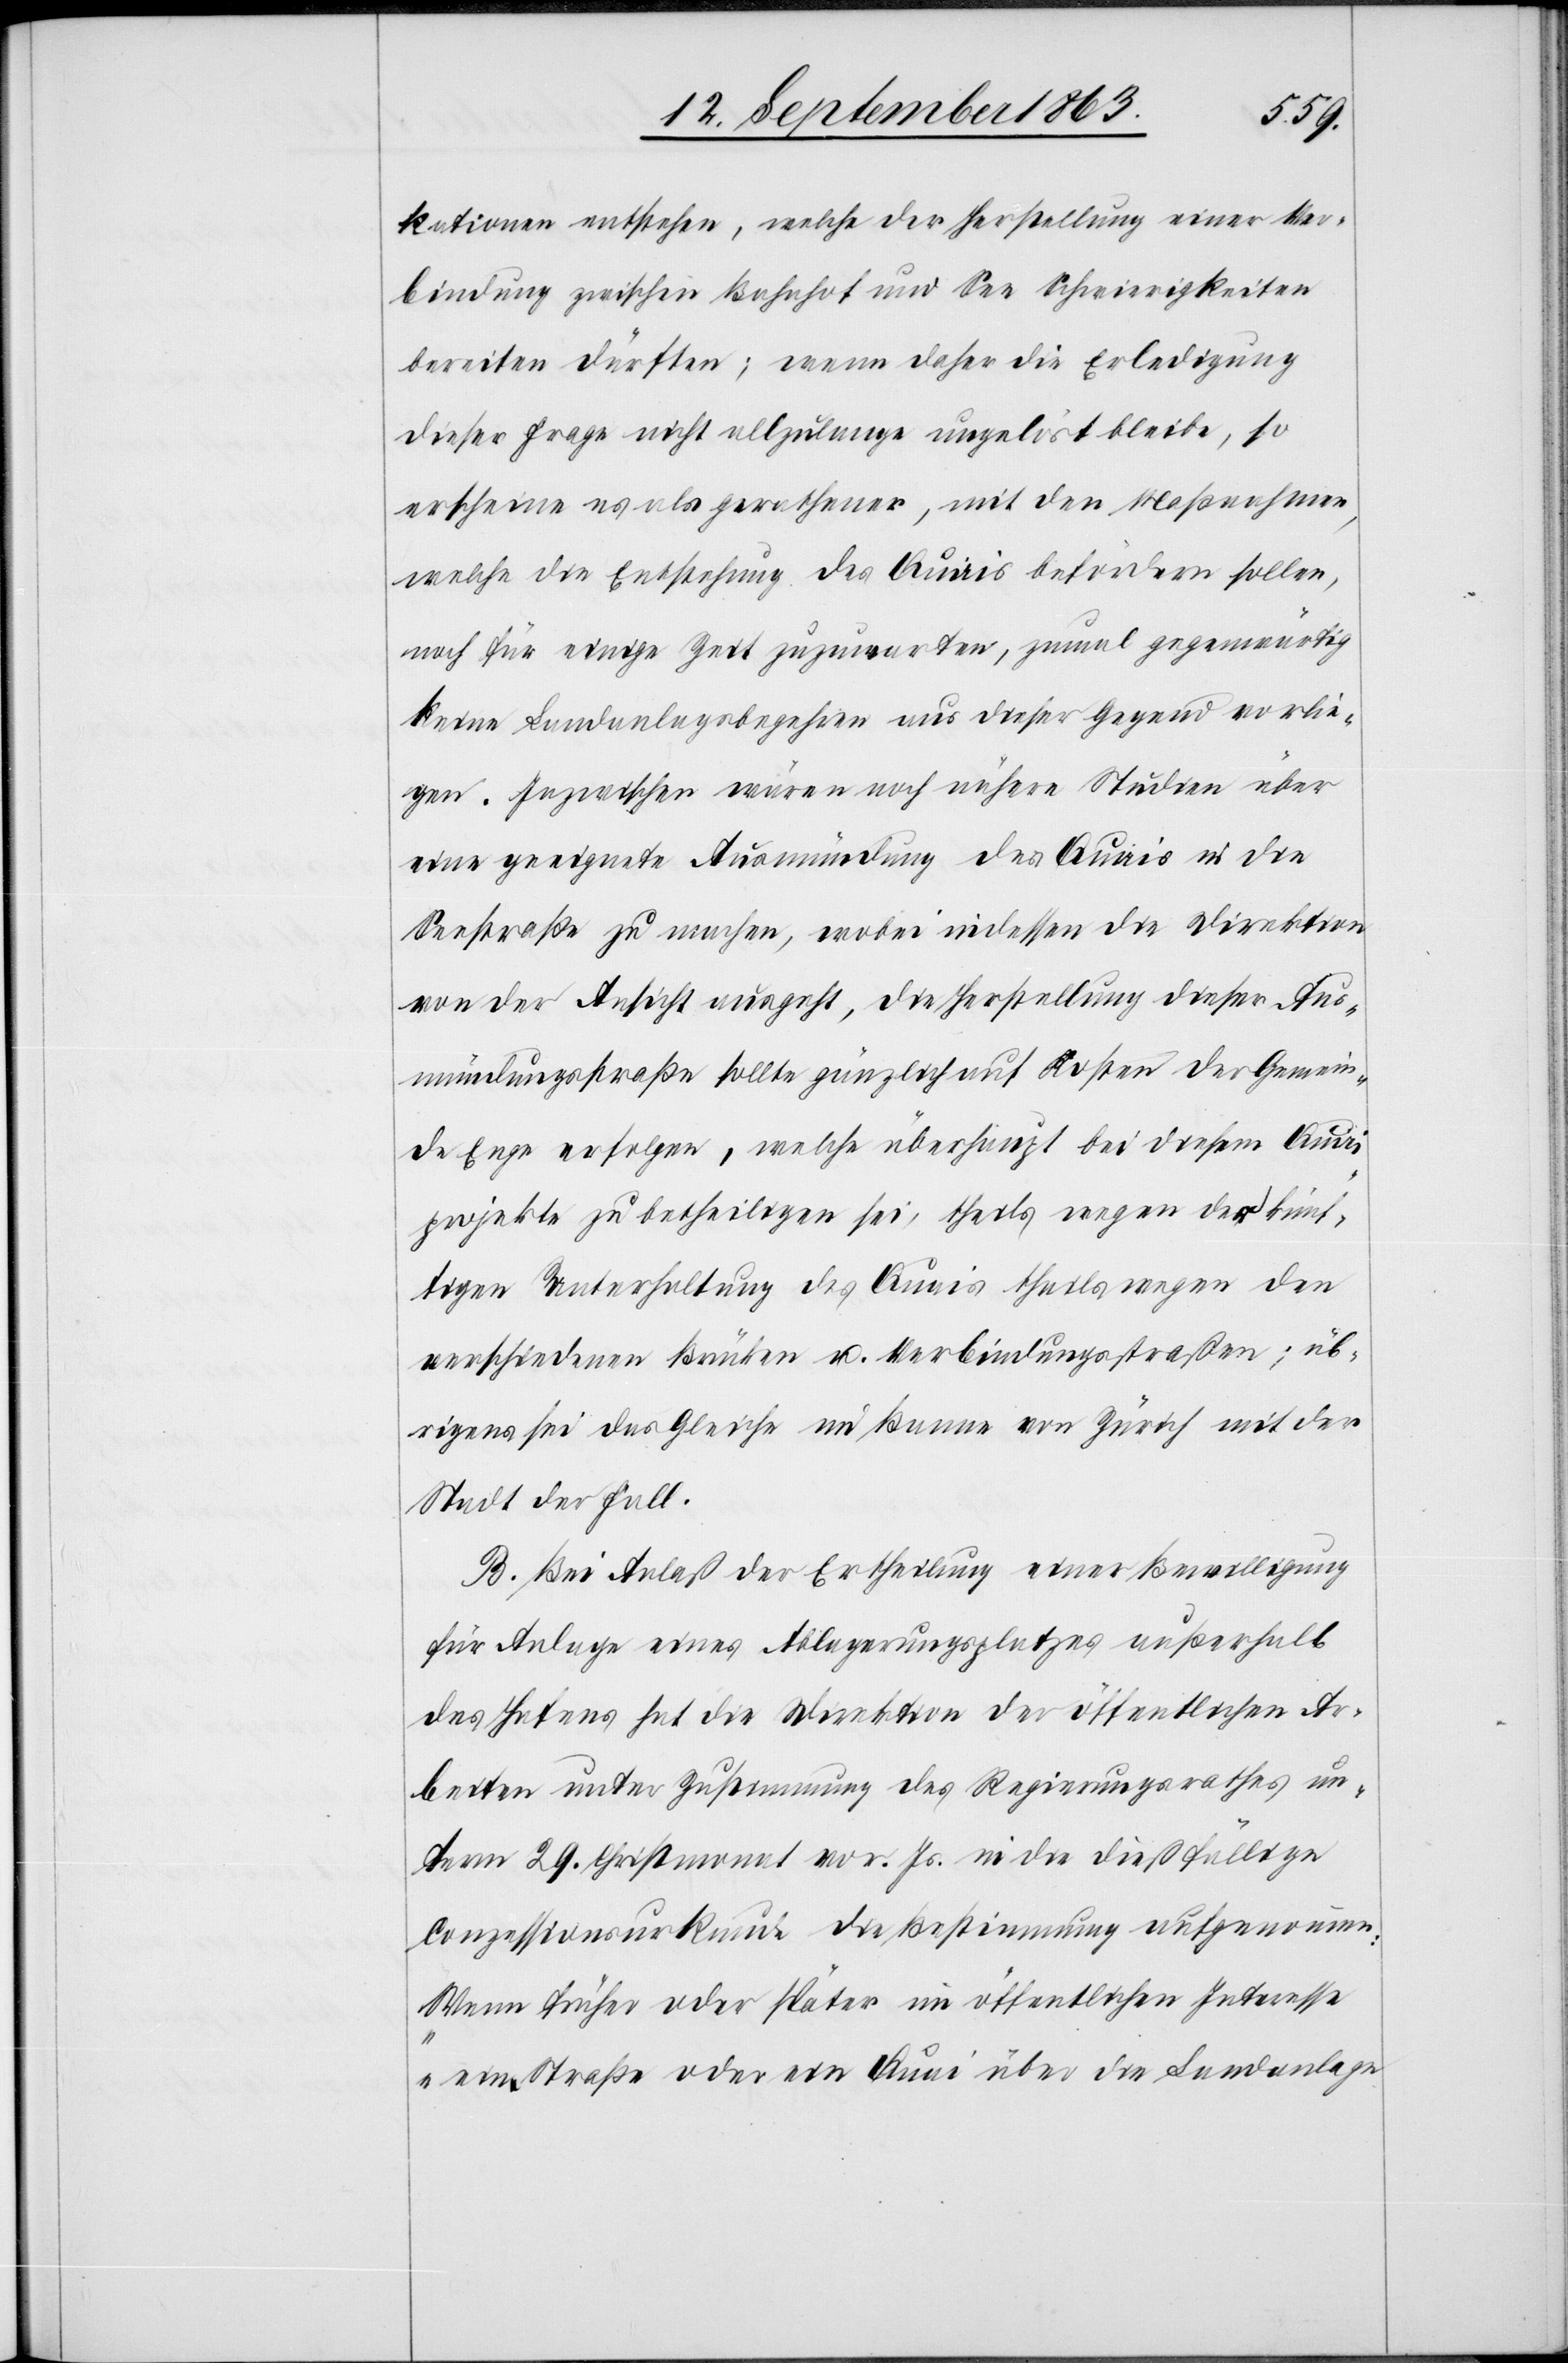
kationen entstehen, welche der Herstellung einer Ver¬
bindung zwischen Bahnhof und See Schwierigkeiten
bereiten dürften; wenn daher die Erledigung
dieser Frage nicht allzulange ungelöst bleibe, so
erscheine es als gerathener, mit den Maßnahmen,
welche die Entstehung des Quais befördern sollen,
noch für einige Zeit zuzuwarten, zumal gegenwärtig
keine Landanlagsbegehren aus dieser Gegend vorlie¬
gen. Inzwischen wären noch nähere Studien über
eine geeignete Ausmündung des Quais in die
Seestraße zu machen, wobei indessen die Direktion
von der Ansicht ausgeht, die Herstellung dieser Aus¬
mündungsstraße sollte gänzlich auf Kosten der Gemein¬
de Enge erfolgen, welche überhaupt bei diesem Quai¬
projekte zu betheiligen sei, theils wegen der künf¬
tigen Unterhaltung des Quais theils wegen den
verschiedenen Brücken u. Verbindungsstraßen; üb¬
rigens sei das Gleiche im Banne von Zürich mit der
Stadt der Fall.
B. Bei Anlaß der Ertheilung einer Bewilligung
für Anlage eines Ablagerungsplatzes außerhalb
des Hafens hat die Direktion der öffentlichen Ar¬
beiten unter Zustimmung des Regierungsrathes un¬
term 29. Christmonat vor. Js. in die dießfällige
Conzessionsurkunde die Bestimmung aufgenommen:
„Wenn früher oder später im öffentlichen Interesse
eine Straße oder ein Quai über die Landanlage